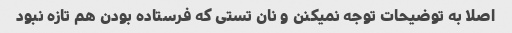
اصلا به توضیحات توجه نمیکنن و نان تستی که فرستاده بودن هم تازه نبود